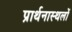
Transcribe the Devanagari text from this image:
प्रार्थनास्थलों